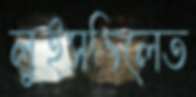
লুইসভিলেত